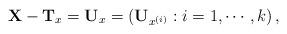
LaTeX: \begin{align*}\mathbf{X}-\mathbf{T}_x = \mathbf{U}_{x} =\left(\mathbf{U}_{x^{(i)}}:i=1,\cdots,k \right),\end{align*}